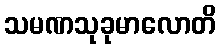
သမဏသုခုမာလောတိ